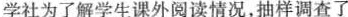
学社为了解学生课外阅读情况，抽样调查了